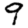
Digit: 9